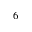
^ { 6 }